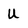
Character: u